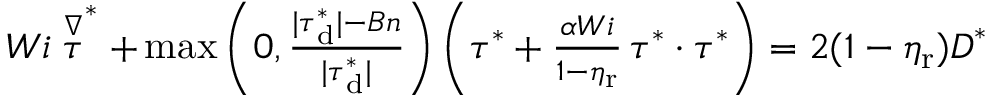
\begin{array} { r } { W i \stackrel { \nabla } { \boldsymbol { \tau } } ^ { * } + \operatorname* { m a x } \left( 0 , \frac { | \boldsymbol { \tau } _ { \mathrm { d } } ^ { * } | - B n } { | \boldsymbol { \tau } _ { \mathrm { d } } ^ { * } | } \right) \left( \boldsymbol { \tau } ^ { * } + \frac { \alpha W i } { 1 - \eta _ { \mathrm { r } } } \, \boldsymbol { \tau } ^ { * } \cdot \boldsymbol { \tau } ^ { * } \right) = 2 ( 1 - \eta _ { \mathrm { r } } ) \boldsymbol { D } ^ { * } } \end{array}